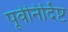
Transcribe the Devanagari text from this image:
पूर्वनिर्दिष्ट